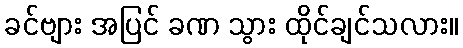
ခင်ဗျား အပြင် ခဏ သွား ထိုင်ချင်သလား။